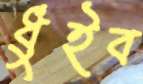
ধুইব